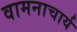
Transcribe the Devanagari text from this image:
वामनाचार्य